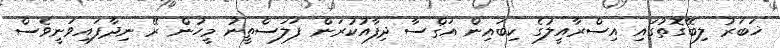
ޚަބަރު ލިބޭގޮތުގައި އިސްރާއީލުގެ ކިބައިން އަޤްސާ ދިފާއުކުރަން ފަލަސްތީނު މީހުން ރޭ ނިދާފައިވަނީވެސް